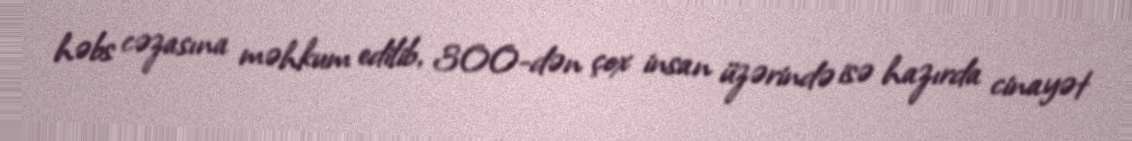
həbs cəzasına məhkum edilib, 300-dən çox insan üzərində isə hazırda cinayət